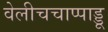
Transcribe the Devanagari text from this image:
वेलीचचाप्पाड्डू